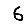
Digit: 6